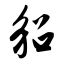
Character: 貂